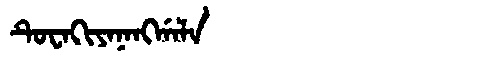
Manchu: ᡨᡠᠸᠠᡴᡳᠶᠠᠨᠠᠩᡤᠠᠯᠠ
Romanization: TUWAKIYANANGGALA